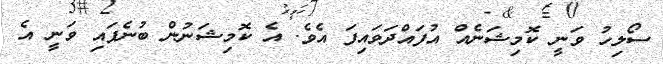
ސޯލިހު ވަނީ ކޮމިޝަނެއް އުފައްދަވައިފަ އެވެ. އެ ކޮމިޝަނުން ބުނެފައި ވަނީ އެ